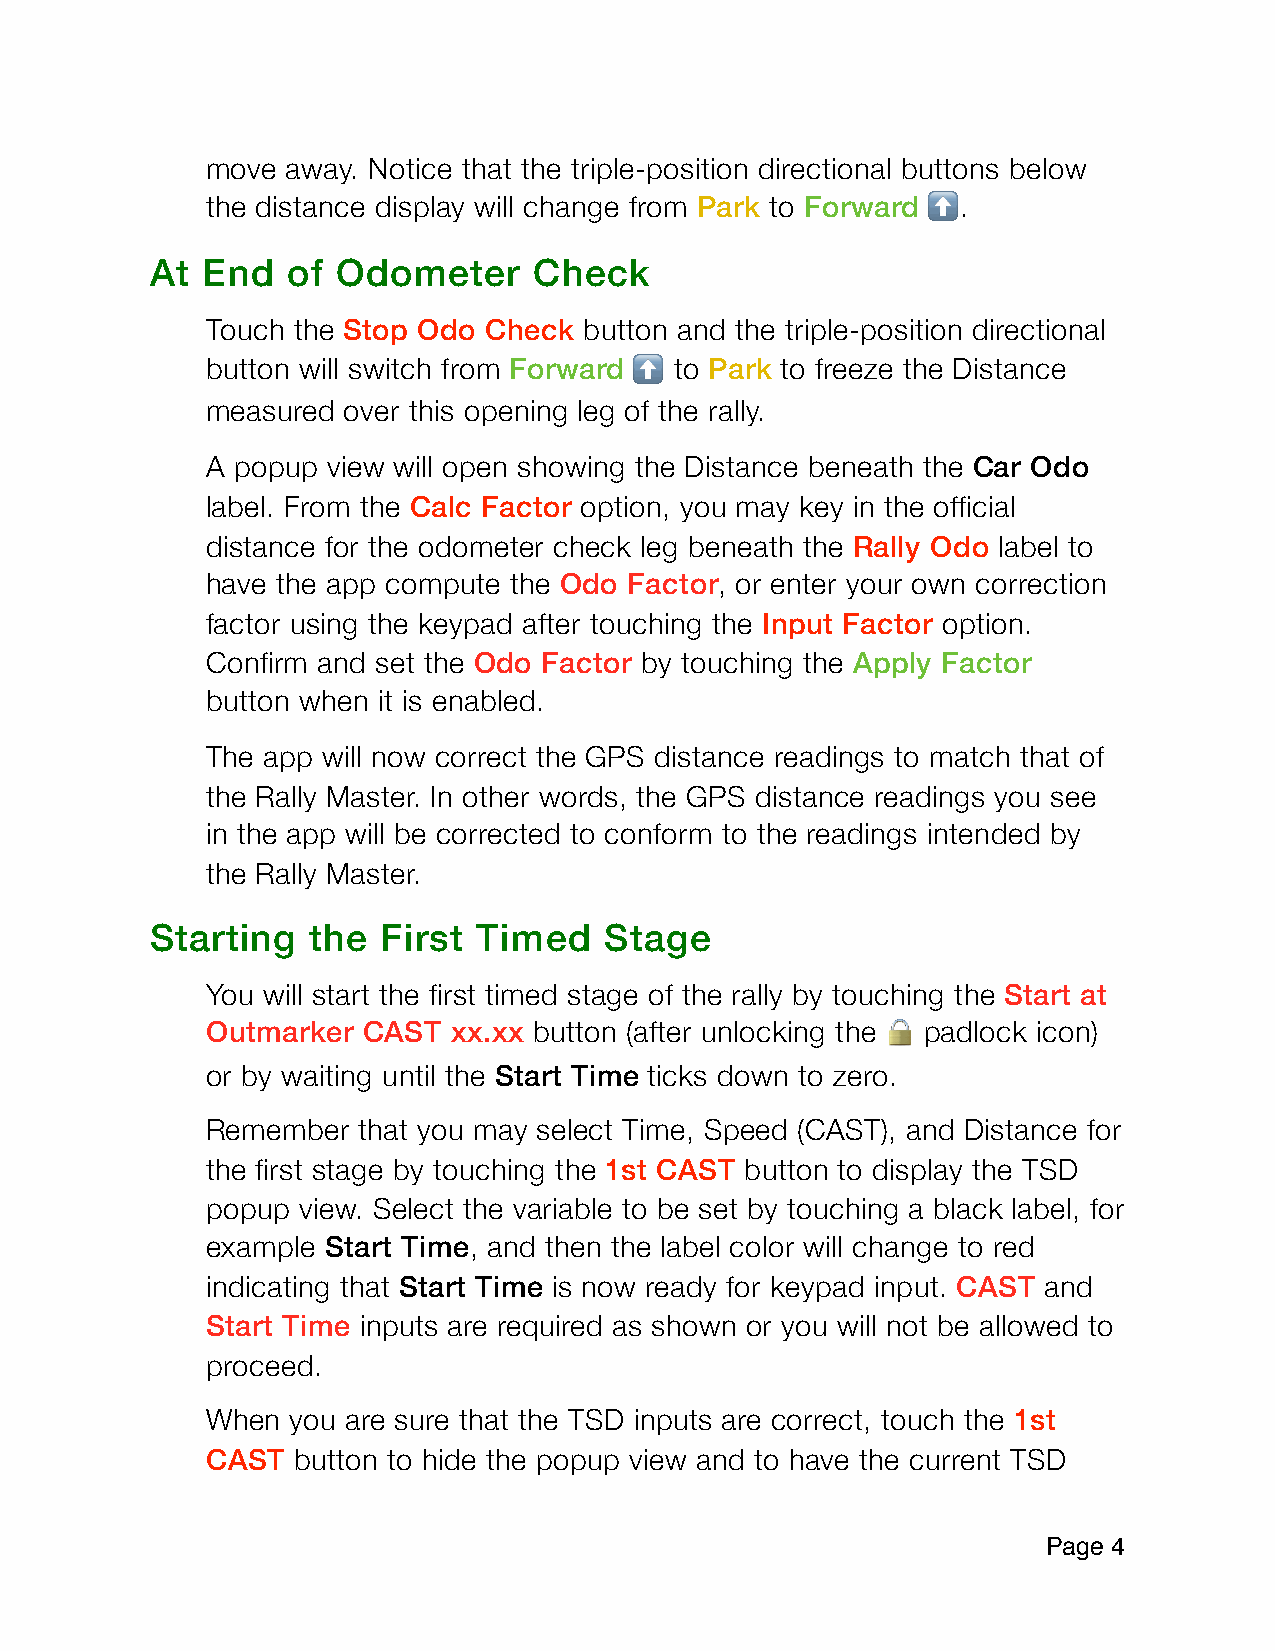
move away. Notice that the triple-position directional buttons below
 the distance display will change from Park to Forward .
 ⬆
 At End   of Odometer     Check
 Touch the Stop Odo Check button and the triple-position directional
 button will switch from Forward to Park to freeze the Distance
 ⬆
 measured over this opening leg of the rally.
 A popup view will open showing the Distance beneath the Car Odo
 label. From the Calc Factor option, you may key in the official
 distance for the odometer check leg beneath the Rally Odo label to
 have the app compute the Odo Factor, or enter your own correction
 factor using the keypad after touching the Input Factor option.
 Confirm and set the Odo Factor by touching the Apply Factor
 button when it is enabled.
 The app will now correct the GPS distance readings to match that of
 the Rally Master. In other words, the GPS distance readings you see
 in the app will be corrected to conform to the readings intended by
 the Rally Master.
 Starting   the First  Timed   Stage
 You will start the first timed stage of the rally by touching the Start at
 Outmarker CAST  xx.xx button (after unlocking the
 🔒
 padlock icon)
 or by waiting until the Start Time ticks down to zero.
 Remember  that you may select Time, Speed (CAST), and Distance for
 the first stage by touching the 1st CAST button to display the TSD
 popup view. Select the variable to be set by touching a black label, for
 example Start Time, and then the label color will change to red
 indicating that Start Time is now ready for keypad input. CAST and
 Start Time inputs are required as shown or you will not be allowed to
 proceed.
 When you are sure that the TSD inputs are correct, touch the 1st
 CAST button to hide the popup view and to have the current TSD
 Page 4